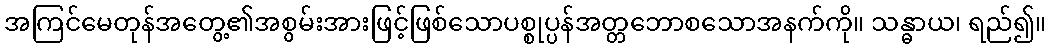
အကြင်မေတုန်အတွေ့၏အစွမ်းအားဖြင့်ဖြစ်သောပစ္စုပ္ပန်အတ္တဘောစသောအနက်ကို။ သန္ဓာယ၊ ရည်၍။